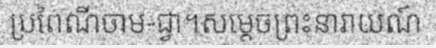
ប្រពៃណីចាម-ជ្វា។សម្តេចព្រះនារាយណ៍